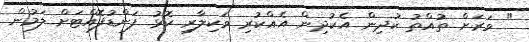
" ވަރަށް ތުއްތު ކުދިން އެކުދިން އެއްކުރި ވަކިލާރި ކޮޅު ފަންޑުފޮއްޓަށް ލަމުން